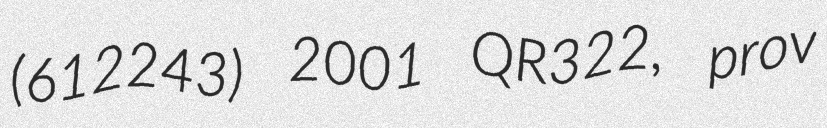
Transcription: (612243) 2001 QR322, prov